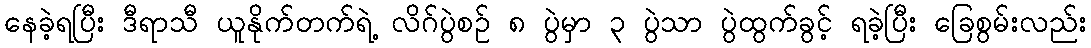
နေခဲ့ရပြီး ဒီရာသီ ယူနိုက်တက်ရဲ့ လိဂ်ပွဲစဉ် ၈ ပွဲမှာ ၃ ပွဲသာ ပွဲထွက်ခွင့် ရခဲ့ပြီး ခြေစွမ်းလည်း